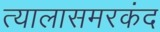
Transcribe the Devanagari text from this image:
त्यालासमरकंद